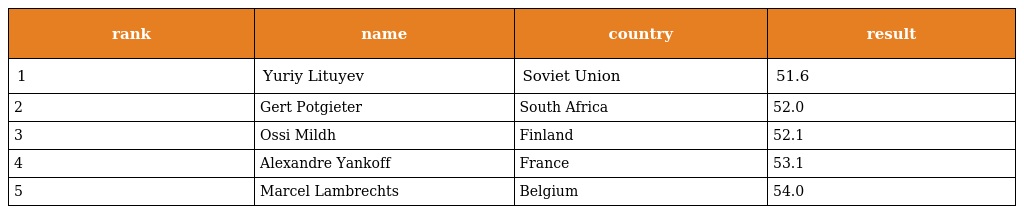
| rank | name | country | result |
 | --- | --- | --- | --- |
 | 1 | Yuriy Lituyev | Soviet Union | 51.6 |
 | 2 | Gert Potgieter | South Africa | 52.0 |
 | 3 | Ossi Mildh | Finland | 52.1 |
 | 4 | Alexandre Yankoff | France | 53.1 |
 | 5 | Marcel Lambrechts | Belgium | 54.0 |